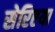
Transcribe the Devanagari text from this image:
सेरिएया